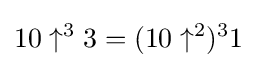
10\uparrow ^{3}3=(10\uparrow ^{2})^{3}1